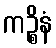
ကဉ္စိနံ